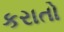
કરાતો